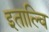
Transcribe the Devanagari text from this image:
इताल्वि